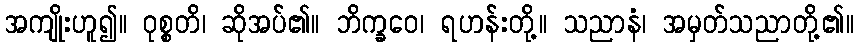
အကျိုးဟူ၍။ ဝုစ္စတိ၊ ဆိုအပ်၏။ ဘိက္ခဝေ၊ ရဟန်းတို့။ သညာနံ၊ အမှတ်သညာတို့၏။